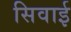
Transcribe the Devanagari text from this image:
सिवाई